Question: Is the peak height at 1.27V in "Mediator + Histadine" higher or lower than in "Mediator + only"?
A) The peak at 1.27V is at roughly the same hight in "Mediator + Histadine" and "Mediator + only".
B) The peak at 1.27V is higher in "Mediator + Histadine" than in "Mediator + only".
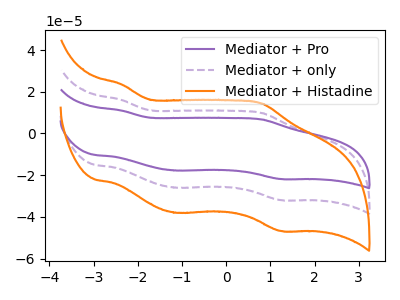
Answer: <think>The purple curve "Mediator + Pro" has anodic peaks at (-2.35V, 32.15uA) (0.80V, 19.60uA) and cathodic peaks at (-1.15V, -51.95uA) (1.25V, -63.90uA). The purple dashed curve "Mediator + only" has anodic peaks at (-2.35V, 16.10uA) (0.80V, 9.80uA) and cathodic peaks at (-1.15V, -26.00uA) (1.25V, -31.95uA). The orange curve "Mediator + Histadine" has anodic peaks at (-2.35V, 23.50uA) (0.80V, 14.35uA) and cathodic peaks at (-1.15V, -38.00uA) (1.25V, -46.75uA).</think>
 <answer>B) The peak at 1.27V is higher in "Mediator + Histadine" than in "Mediator + only".</answer>
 <eval>B</eval>